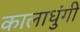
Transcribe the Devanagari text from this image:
कालाधुंगी